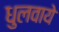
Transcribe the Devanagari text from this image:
धुलवाये